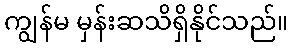
ကျွန်မ မှန်းဆသိရှိနိုင်သည်။